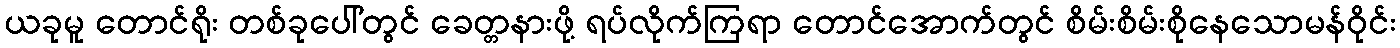
ယခုမူ တောင်ရိုး တစ်ခုပေါ်တွင် ခေတ္တနားဖို့ ရပ်လိုက်ကြရာ တောင်အောက်တွင် စိမ်းစိမ်းစိုနေသောမန်ဝိုင်း